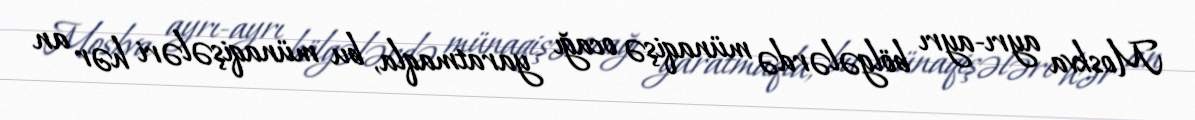
Moskva ayrı-ayrı bölgələrdə münaqişə ocağı yaratmaqla, bu münaqişələri hər an